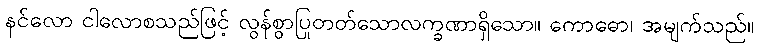
နင်လော ငါလောစသည်ဖြင့် လွန်စွာပြုတတ်သောလက္ခဏာရှိသော။ ကောဓော၊ အမျက်သည်။